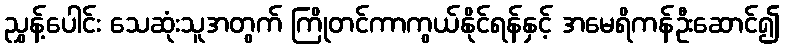
ညွှန့်ပေါင်း သေဆုံးသူအတွက် ကြိုတင်ကာကွယ်နိုင်ရန်နှင့် အမေရိကန်ဦးဆောင်၍